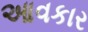
આવકાર